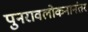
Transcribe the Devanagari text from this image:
पुनरावलोकनानंतर